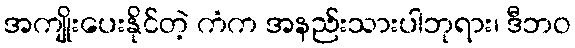
အကျိုးပေးနိုင်တဲ့ ကံက အနည်းသားပါဘုရား၊ ဒီဘဝ